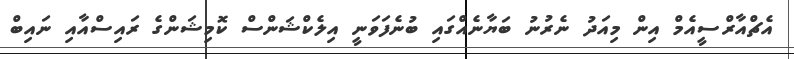
އެޗްއާރްސީއެމް އިން މިއަދު ނެރުނު ބަޔާނެއްގައި ބުނެފަވަނީ އިލެކްޝަންސް ކޮމިޝަންގެ ރައިސްއާއި ނައިބް